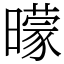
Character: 曚